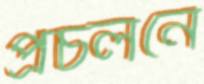
প্রচলনে